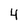
Character: 4